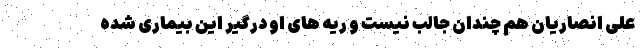
علی انصاریان هم چندان جالب نیست و ریه های او درگیر این بیماری شده